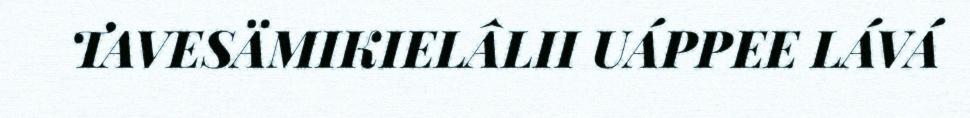
TAVESÄMIKIELÂLII UÁPPEE LÁVÁ